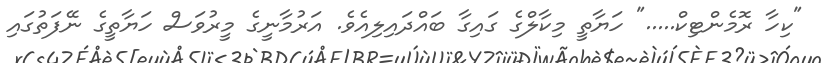
"ކިހާ ރޮމެންޓިކް....." ހަޔާތީ މިކާލްގެ ގައިގާ ބައްދައިލިއެވެ. އަރުމާނީގެ މީރުވަސް ހަޔާތީގެ ނޭފަތުގައި